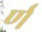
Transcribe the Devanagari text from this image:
र्ण